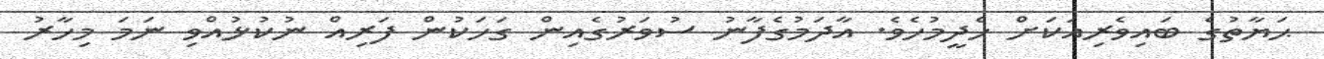
ޙަޔާތުގެ ބައިވެރިއަކަށް ހެދީމުހެވެ. އާދަމުގެފާނު ސުވަރުގެއިން ގަހަކުން ފަރިއް ނުކުޅުއްވި ނަމަ މިހާރު